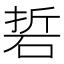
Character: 硩